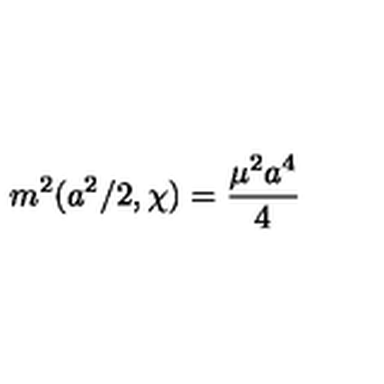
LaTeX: m ^ { 2 } ( a ^ { 2 } / 2 , \chi ) = \frac { \mu ^ { 2 } a ^ { 4 } } { 4 }